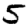
Digit: 5